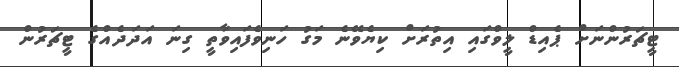
ޓީޗަރުންނަށް ޕެއިޑް ލީވްގައި އިތުރަށް ކިޔެވޭނެ މަގު ހަނިވެފައިވާތީ ގިނަ އަދަދެއްގެ ޓީޗަރުން